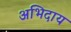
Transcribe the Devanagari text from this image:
अभिदाय